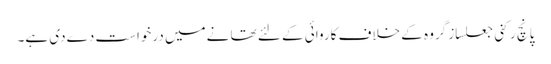
پانچ رکنی جعلساز گروہ کے خلاف کاروائی کے لئے تھا نےمیں درخواست دےدی ہے۔